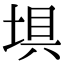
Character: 埧